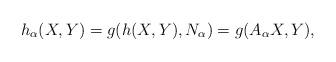
LaTeX: \begin{align*} h_{\alpha}(X, Y)=g(h(X,Y),N_{\alpha})=g(A_{\alpha}X, Y),\end{align*}